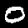
Digit: 0